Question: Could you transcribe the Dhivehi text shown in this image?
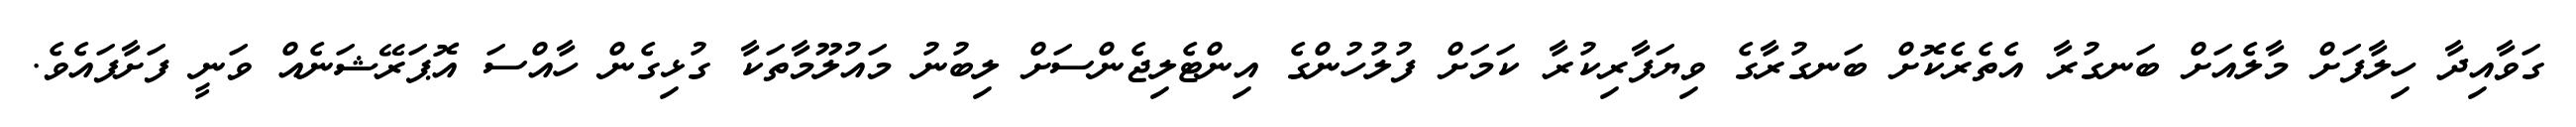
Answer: ގަވާއިދާ ހިލާފަށް މާލެއަށް ބަނގުރާ އެތެރެކޮށް ބަނގުރާގެ ވިޔަފާރިކުރާ ކަމަށް ފުލުހުންގެ އިންޓެލިޖެންސަށް ލިބުނު މައުލޫމާތަކާ ގުޅިގެން ހާއްސަ އޮޕަރޭޝަނެއް ވަނީ ފަށާފައެވެ.